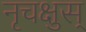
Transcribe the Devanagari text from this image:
नृचक्षुस्